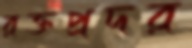
রক্তপ্রদর